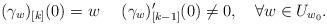
LaTeX: \begin{align*}(\gamma_w)_{[k]}(0)=w\ \ \ \ (\gamma_{w})_{[k-1]}'(0)\neq 0,\ \ \ \forall w\in U_{w_0}.\end{align*}